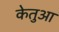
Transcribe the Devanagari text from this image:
केतुआ